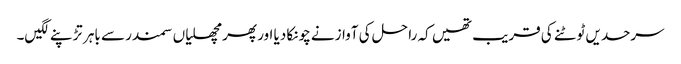
سرحدیں ٹوٹنے کی قریب تھیں کہ را حل کی آوازنے چونکا دیا اور پھر مچھلیاں سمندر سے باہر تڑپنے لگیں۔